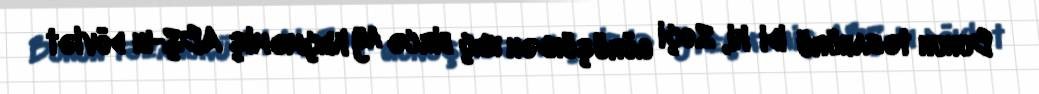
Bunun təzahürü idi ki, Soçi görüşündən heç bircə ay keçməmiş ABŞ-ın dövlət